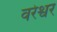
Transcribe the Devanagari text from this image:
वरेश्वर